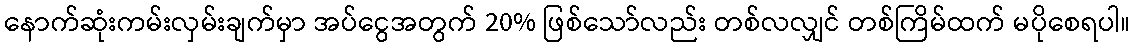
နောက်ဆုံးကမ်းလှမ်းချက်မှာ အပ်ငွေအတွက် 20% ဖြစ်သော်လည်း တစ်လလျှင် တစ်ကြိမ်ထက် မပိုစေရပါ။